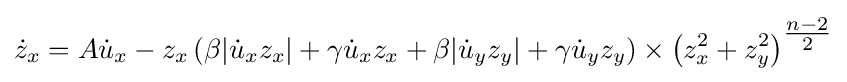
{\dot {z}}_{x}=A{\dot {u}}_{x}-z_{x}\left(\beta |{\dot {u}}_{x}z_{x}|+\gamma {\dot {u}}_{x}z_{x}+\beta |{\dot {u}}_{y}z_{y}|+\gamma {\dot {u}}_{y}z_{y}\right)\times \left(z_{x}^{2}+z_{y}^{2}\right)^{\tfrac {n-2}{2}}